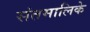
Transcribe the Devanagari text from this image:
संतमालिके